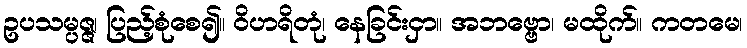
ဥပသမ္ပဇ္ဇ၊ ပြည့်စုံစေ၍။ ဝိဟရိတုံ၊ နေခြင်းငှာ။ အဘဗ္ဗော၊ မထိုက်။ ကတမေ၊